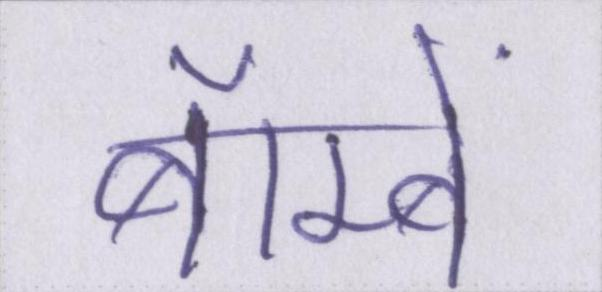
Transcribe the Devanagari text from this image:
बॅाम्बे